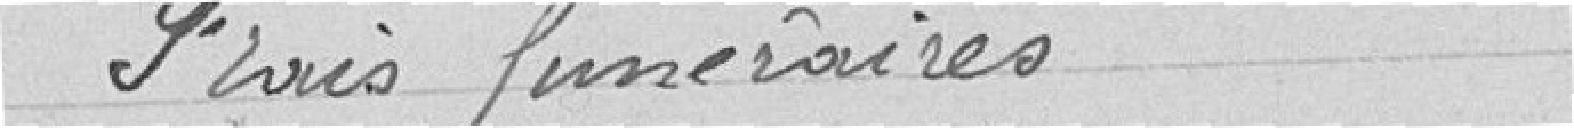
frais funéraires